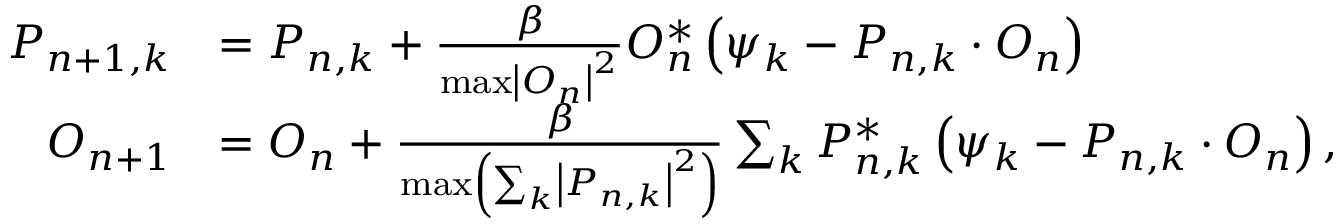
\begin{array} { r l } { P _ { n + 1 , k } } & { = P _ { n , k } + \frac { \beta } { \operatorname* { m a x } \left| O _ { n } \right| ^ { 2 } } O _ { n } ^ { * } \left( \psi _ { k } - P _ { n , k } \cdot O _ { n } \right) } \\ { O _ { n + 1 } } & { = O _ { n } + \frac { \beta } { \operatorname* { m a x } \left( \sum _ { k } \left| P _ { n , k } \right| ^ { 2 } \right) } \sum _ { k } P _ { n , k } ^ { * } \left( \psi _ { k } - P _ { n , k } \cdot O _ { n } \right) , } \end{array}